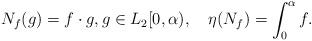
LaTeX: \begin{align*} N_f(g)=f\cdot g, g\in L_2[0,\alpha),\quad\eta(N_f)=\int_0^{\alpha} f. \end{align*}